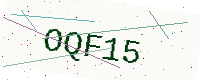
Text: OQF15